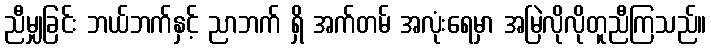
ညီမျှခြင်း ဘယ်ဘက်နှင့် ညာဘက် ရှိ အက်တမ် အလုံးရေမှာ အမြဲလိုလိုတူညီကြသည်။